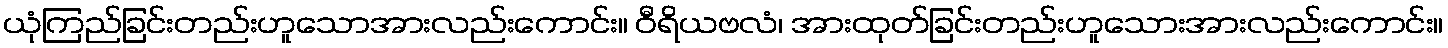
ယုံကြည်ခြင်းတည်းဟူသောအားလည်းကောင်း။ ဝီရိယဗလံ၊ အားထုတ်ခြင်းတည်းဟူသေားအားလည်းကောင်း။